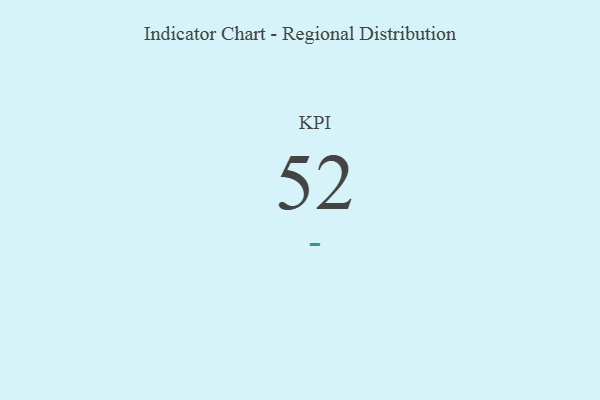
{"axis": {"x": "KPI", "y": "Value"}, "legend": [""], "data": [{"x": "KPI", "y": 52, "type": ""}]}